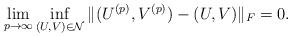
LaTeX: \begin{align*}\lim_{p\to\infty}\inf_{(U,V)\in\mathcal{N}}\|(U^{(p)},V^{(p)})-(U,V)\|_F = 0. \end{align*}